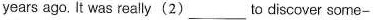
years ago. It was really (2) ___ to discover some-